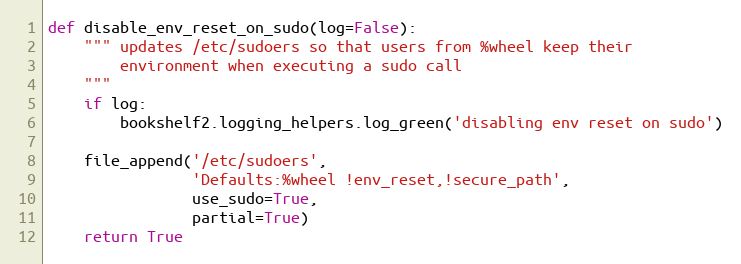
Language: Python
def disable_env_reset_on_sudo(log=False):
    """ updates /etc/sudoers so that users from %wheel keep their
        environment when executing a sudo call
    """
    if log:
        bookshelf2.logging_helpers.log_green('disabling env reset on sudo')

    file_append('/etc/sudoers',
                'Defaults:%wheel !env_reset,!secure_path',
                use_sudo=True,
                partial=True)
    return True